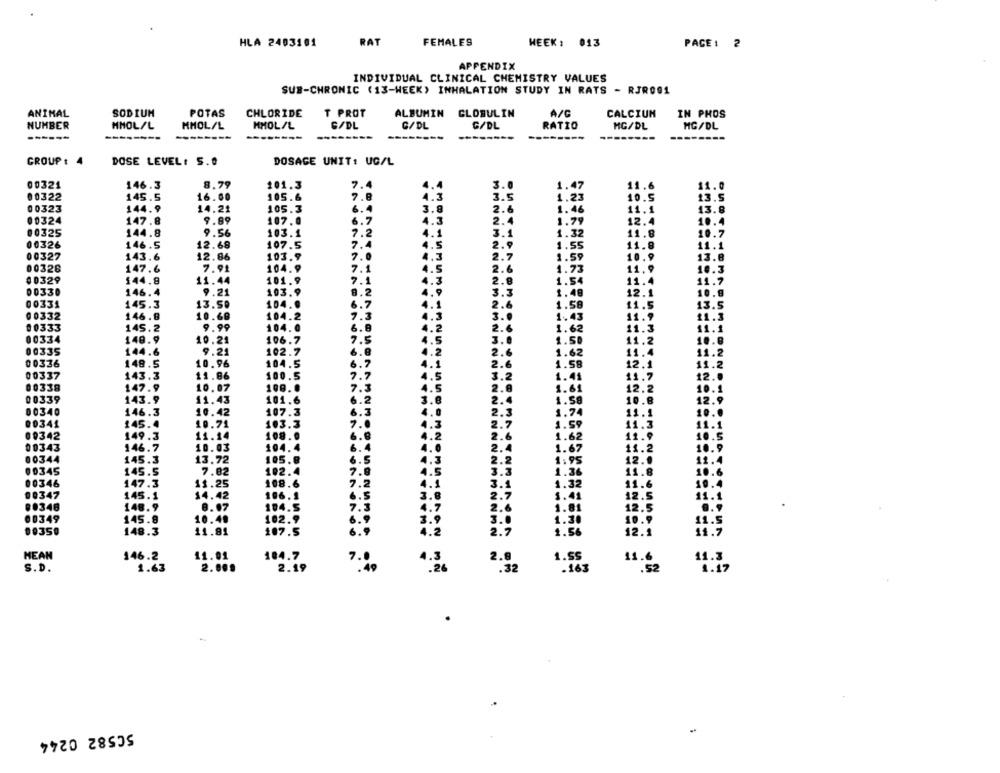
HLA 2403101
RAT
FEMALES
WEEK : 013
PACE: 2
APPENDIX
INDIVIDUAL CLINICAL CHEMISTRY VALUES
SUB-CHRONIC (13-WEEK) INHALATION STUDY IN RATS - RJR091
ANIMAL
SODIUM
POTAS
CHLORIDE
T PROT
ALBUMIN GLOBULIN
A/C
CALCIUM
IN PHOS
NUMBER
MMOL/L
MMOL/L
G/DL
G/DL
G/DL
RATIO
HHOL/L
MG/DL
MG/DL
--------
--------
-------
GROUP : 4
DOSE LEVEL: S.O
DOSAGE UNIT: UG/L
00321
146.3
8.79
101.3
7.4
4.4
3.0
1.47
11.6
11.0
00322
145.5
16.00
105.6
4.3
1.23
10.5
13.5
00323
144.9
14.21
105.3
6.4
3.8
2.6
1.46
11.1
13.8
00324
147.8
9.89
107.0
6.7
4.3
2.4
1.79
12.4
10.4
00325
144.8
9.56
103.1
7.2
4.1
3.1
1.32
11.8
10.7
00326
146.5
12.68
107.5
7.4
4.5
2.9
1.55
11.8
11.1
00327
143.6
12.86
7.0
2.7
1.59
13.8
103.9
4.3
10.9
00326
147.6
7.91
104.9
7.1
4.5
2.6
1.73
11
10.3
00329
144.8
11.44
101.9
7.1
.3
2.8
1.54
11.4
11.7
00330
146.4
9.21
103.9
9.2
3.3
12.1
10.8
00331
145.3
13.50
104.9
6.7
2.6
1.58
11.5
13.5
00332
146.8
10.68
104.2
7.3
.3
3.0
1.43
11.9
11.3
00333
145.2
9.99
104.0
6.8
.2
2.6
1.62
11.3
11.1
00334
140.9
10.21
106.7
7.5
5
3.0
1.50
11.2
10.8
00335
144.6
9.21
102.7
6.8
2
2.6
1.62
11.4
11.2
00336
148.5
10.96
104.5
6.7
.1
2.6
1.58
12.1
11.2
00337
143.3
11.86
100.5
7.7
3.2
1.41
11.7
12.0
00338
147.9
100.
7.3
10.1
10.07
.S
2.8
1.61
12.2
00339
143.9
11.43
101.6
6.2
3.8
2.4
1.58
10.8
12.9
10.42
107.3
6.3
1.74
10.0
146.3
2.3
11.1
145.4
10.71
103.3
7.0
.3
2.7
1.59
11.3
.1
00342
149.3
11.14
108.0
6.
4.2
1.62
11.9
10.5
00343
146.7
10.03
104.4
6.
2.4
11.2
1.67
00344
145.3
13.72
105.8
6.5
2.2
1.95
12.0
11.
00345
145.5
7.82
102.4
7.9
3.3
1.36
11.8
10.6
4.5
00346
147.3
13.25
108.6
7.2
4.1
3.1
1.32
11.6
19.4
00347
145.1
14.42
196. 1
6.5
2.7
1.41
12
11.1
3.8
00348
148.9
8.07
194.5
7.3
4.7
2.6
1.81
12
.. 9
00349
145.8
10.49
102.9
1.30
11.5
6 . 9
3.6
00350
148.3
11.81
107.5
6.9
4.2
2.7
1.56
12.1
11.7
MEAN
146.2
11.01
104.7
15.6
7.0
4.3
2.8
11.3
S.D.
1.63
2.00.
2.19
.26
.32
.163
.52
1.17
50582 0244